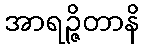
အာရဉ္ဇိတာနိ